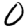
Digit: 0